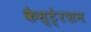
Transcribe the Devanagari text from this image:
कैस्टे्रशन